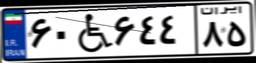
۶۰W۶۴۴۸۵